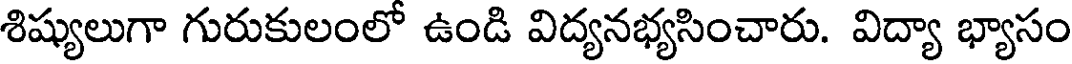
శిష్యులుగా గురుకులంలో ఉండి విద్యనభ్యసించారు. విద్యా భ్యాసం